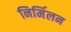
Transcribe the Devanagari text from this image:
निर्मिलन